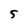
Character: 5